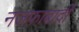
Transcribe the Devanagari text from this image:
नजफ़ाबादी